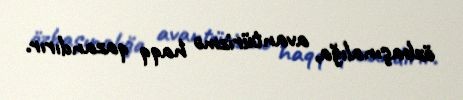
özbaşınalığa, avantürizmə haqq qazandırır.